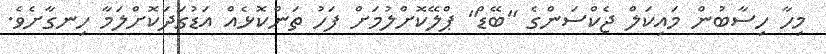
މިހާ ހިސާބުން މައިކަލް ޖެކްސަންގެ "ބޭޑް" ޕްލޭކޮށްލުމަށް ފަހު ތަންކޮޅެއް އަޑުގަދަކޮށްލަމާ ހިނގާށެވެ.